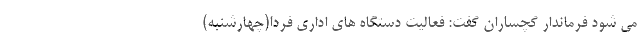
می شود فرماندار گچساران گفت: فعالیت دستگاه های اداری فردا(چهارشنبه)